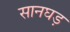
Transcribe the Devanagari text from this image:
सानघड़